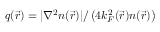
q ( \vec { r } ) = { | \nabla ^ { 2 } n ( \vec { r } ) | } / \left( 4 k _ { F } ^ { 2 } ( \vec { r } ) n ( \vec { r } ) \right)